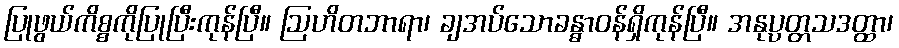
ပြုဖွယ်ကိစ္စကိုပြုပြီးကုန်ပြီ။ ဩဟိတဘာရာ၊ ချအပ်သောခန္ဓာဝန်ရှိကုန်ပြီ။ အနုပ္ပတ္တသဒတ္ထာ၊